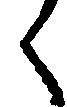
く